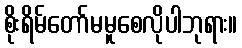
စိုးရိမ်တော်မမူစေလိုပါဘုရား။